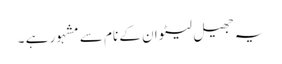
یہ جھیل لیٹوان کے نام سے مشہور ہے ۔